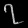
Digit: ၇